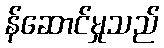
န်ဆောင်မှုသည်